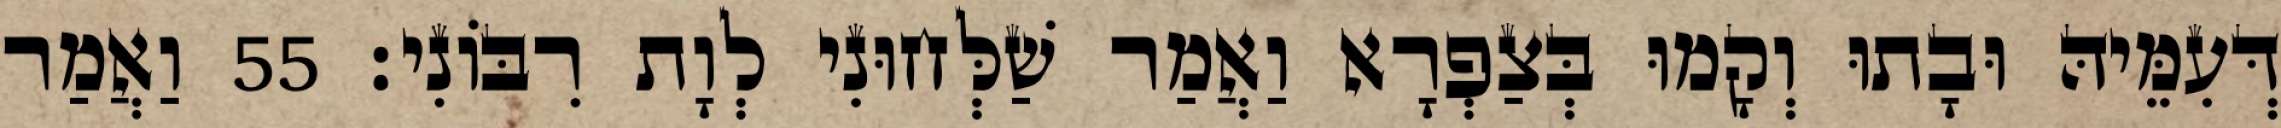
דְּעִמֵּיהּ וּבָתוּ וְקָמוּ בְּצַפְרָא וַאֲמַר שַׁלְּחוּנִי לְוָת רִבּוֹנִי׃ 55 וַאֲמַר